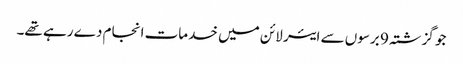
جو گزشتہ 9 برسوں سے ایئر لائن میں خدمات انجام دے رہے تھے۔